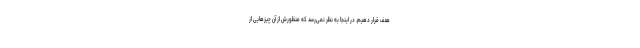
هدف قرار دهیم. در اینجا به نظر نمی‌رسد که منظورش از آن چیزهایی از